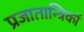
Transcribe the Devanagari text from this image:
प्रजातान्त्रिकों